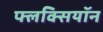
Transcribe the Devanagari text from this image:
फ्लक्सियॉन